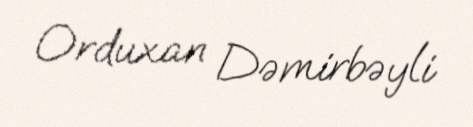
Orduxan Dəmirbəyli